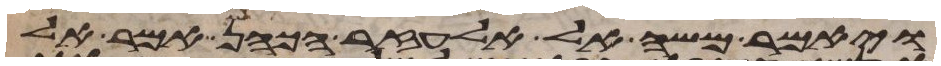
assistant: ויאמר משה אל אלעזר הכהן אמר אל